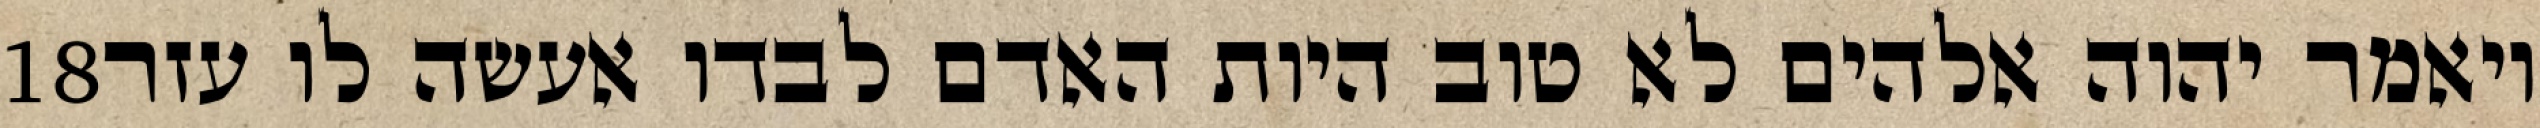
‎18‏ ויאמר יהוה אלהים לא טוב היות האדם לבדו אעשה לו עזר